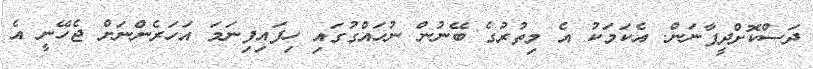
ދަސްކޮށްދީފާނަން. އެކަމަކު އެ މިތުރުގެ ބޭނުން ނުހައްގުގައި ހިފައިފިނަމަ އަހަރެންނަށް ޖެހޭނީ އެ